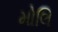
મોલિ